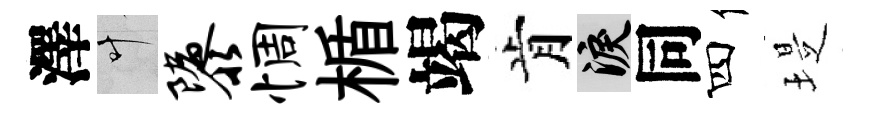
澤叶隳惆楯竭肯泪同四堤